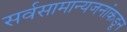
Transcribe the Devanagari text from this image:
सर्वसामान्यजनांकडून